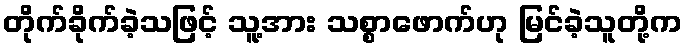
တိုက်ခိုက်ခဲ့သဖြင့် သူ့အား သစ္စာဖောက်ဟု မြင်ခဲ့သူတို့က